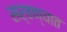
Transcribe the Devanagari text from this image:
सर्वण्यात